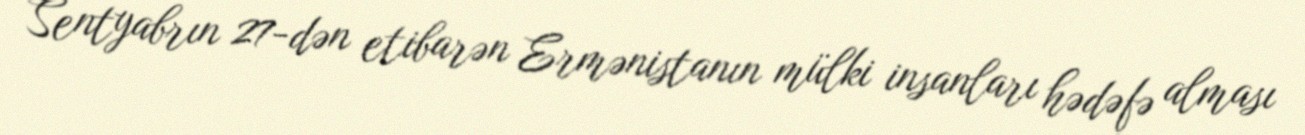
Sentyabrın 27-dən etibarən Ermənistanın mülki insanları hədəfə alması